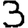
Digit: 3